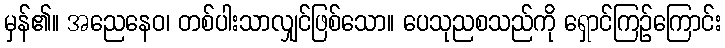
မှန်၏။ အညေနေဝ၊ တစ်ပါးသာလျှင်ဖြစ်သော။ ပေသုညစသည်ကို ရှောင်ကြဉ်ကြောင်း